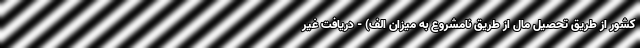
کشور از طریق تحصیل مال از طریق نامشروع به میزان الف) - دریافت غیر